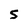
Character: S